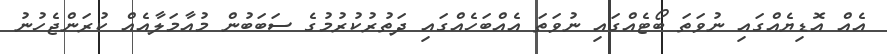
އެއް އޮޑިޔެއްގައި ނުވަތަ ބޯޓެއްގައި ނުވަތަ އެއްބަހެއްގައި ދަތުރުކުރުމުގެ ސަބަބުން މުއާމަލާއެއް ކުރަންޖެހުނު